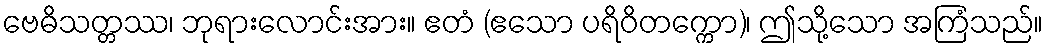
ဗေဓိသတ္တဿ၊ ဘုရားလောင်းအား။ ဧတံ (ဧသော ပရိဝိတက္ကော)၊ ဤသို့သော အကြံသည်။